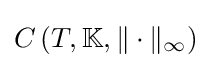
C\left(T,\mathbb {K} ,\|\cdot \|_{\infty }\right)